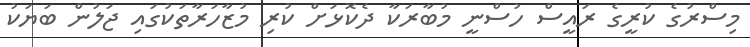
މިސްރުގެ ކުރީގެ ރައީސް ހުސްނީ މުބާރަކާ ދެކޮޅަށް ކުރި މުޒާހަރާތަކުގައި ޖަލުން ބަޔަކު